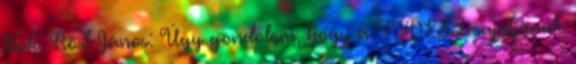
titok. Röst János: Úgy gondolom, hogy a FIDESZ sajátjának